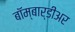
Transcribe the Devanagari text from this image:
बॉम्बार्डीअर